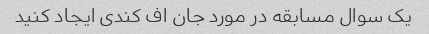
یک سوال مسابقه در مورد جان اف کندی ایجاد کنید